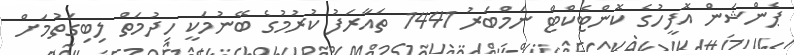
ޕެންޝަން އޮފީހުގެ ކޮންޓެކްޓް ނަމްބަރު 1441 ތައާރަފު ކުުރުމުގެ ބޭނުމަކީ ހިދުމަތް ލިބިގަތުމަށް